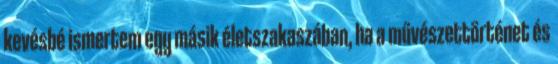
kevésbé ismertem egy másik életszakaszában, ha a művészettörténet és